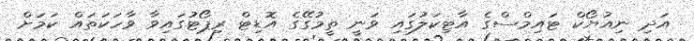
އަދި ނިއުޔޯކް ޓައިމްސްގެ އާޓިކަލުގައި ވަނީ ތީމުގޭގެ އޮޑިޓް ރިޕޯޓުގައިވާ ވާހަކަތައް ކަމަށް